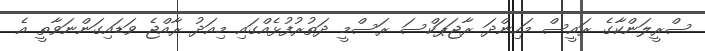
ސްރީލަންކާގެ ރައީސް މަހިންދަ ރާޖަޕަކްސަ ރަސްމީ ދަތުރުފުޅެއްގައި މިއަދު ރާއްޖެ ވަޑައިގަންނަވާތީ އެ